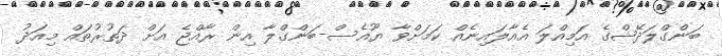
ބަންގްލަދޭޝްގެ އަމިއްލަ އެއާލައިނެއް ކަމަށްވާ ޔޫއެސް-ބަންގްލާ އިން ރާއްޖެ އަށް ދަތުރުތައް މިއަދު